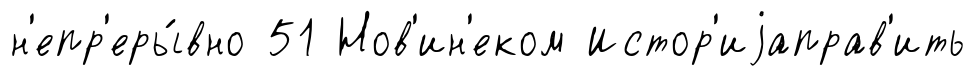
н'епр'еры́вно 51 Нов'ин'еком Истор'иjаправ'ить